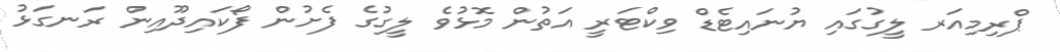
ޕްރިމިއަރ ލީގުގައި ޔުނައިޓެޑް ވިކްޓަރީ އަތުން މޮޅުވެ ލީގުގެ ފެށުން ފޯކައިދޫއިން ރަނގަޅު